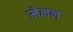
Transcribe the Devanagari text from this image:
मेनन्